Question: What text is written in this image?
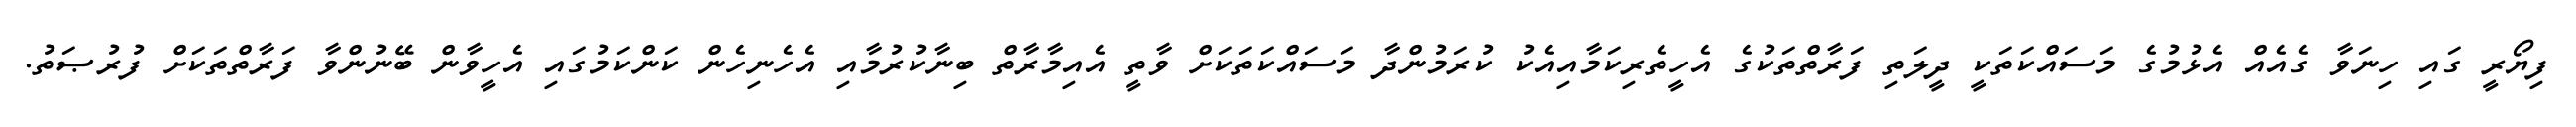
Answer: ފިޔޯރީ ގައި ހިނަވާ ގެއެއް އެޅުމުގެ މަސައްކަތަކީ ދީލަތި ފަރާތްތަކުގެ އެހީތެރިކަމާއިއެކު ކުރަމުންދާ މަސައްކަތަކަށް ވާތީ އެއިމާރާތް ބިނާކުރުމާއި އެހެނިހެން ކަންކަމުގައި އެހީވާން ބޭނުންވާ ފަރާތްތަކަށް ފުރުޞަތު.